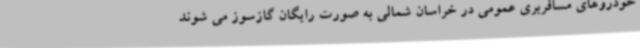
خودروهای مسافربری عمومی در خراسان شمالی به صورت رایگان گازسوز می شوند